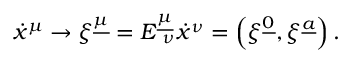
{ \dot { x } } ^ { \mu } \to \xi ^ { \underline { { { \mu } } } } = E _ { \ \nu } ^ { \underline { { { \mu } } } } { \dot { x } } ^ { \nu } = \left( \xi ^ { \underline { { { 0 } } } } , \xi ^ { \underline { { { a } } } } \right) .